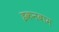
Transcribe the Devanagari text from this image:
इकनबाम